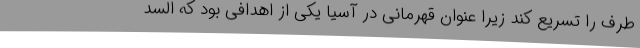
طرف را تسریع کند زیرا عنوان قهرمانی در آسیا یکی از اهدافی بود که السد